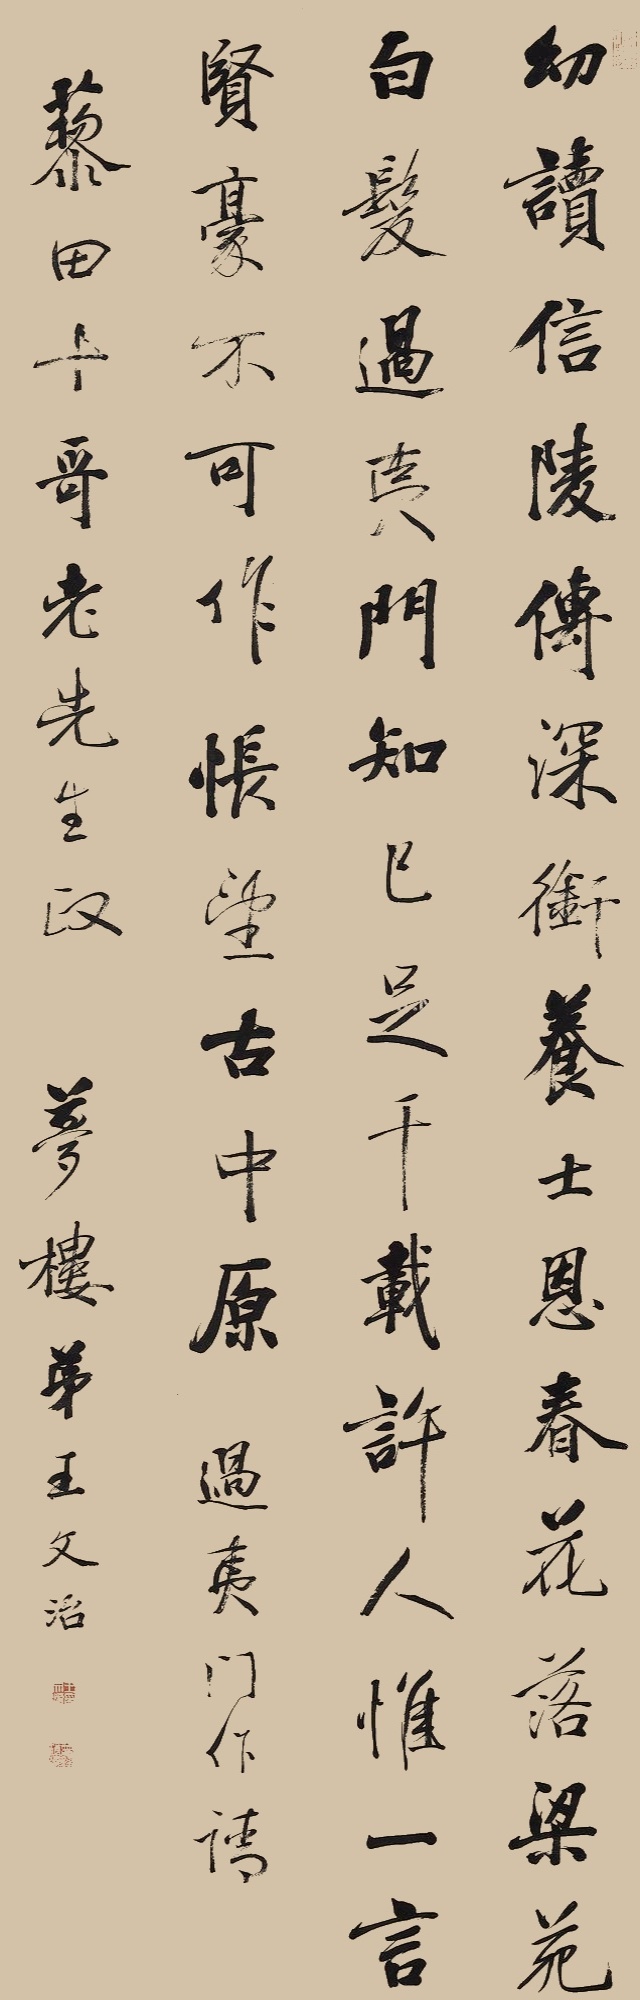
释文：幼读信陵传，深衔养士恩。春花落梁苑，白发过夷门。知己足千载，许人惟一言。贤豪不可作，怅望古中原。过夷门作，请藜田十哥老先生政。梦楼弟王文治。